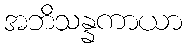
အဘိသန္နကာယာ